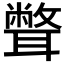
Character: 𦗥